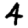
Digit: 4